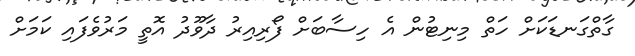
ގާތްގަނޑަކަށް ހަތް މިނިޓުން އެ ހިސާބަށް ފޯރިއިރު ދާވޫދު އޮތީ މަރުވެފައި ކަމަށް